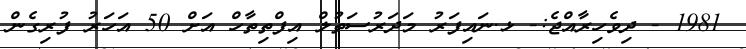
1981 - ދިވެހިރާއްޖެ:- ޅ.ނައިފަރު މަދަރުސަތުލް އިފްތިތާހް އަށް 50 އަހަރު ފުރިގެން